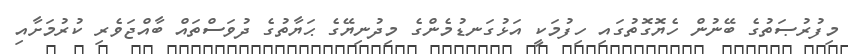
މިފުރުޞަތުގެ ބޭނުން ހެޔޮގޮތުގައި ހިފުމަކީ އަޅުގަނޑުމެންގެ މިދުނިޔޭގެ ޙަޔާތުގެ ދުވަސްތައް ބާއްޖަވެރި ކުރުމަށާއި